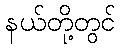
နယ်တို့တွင်